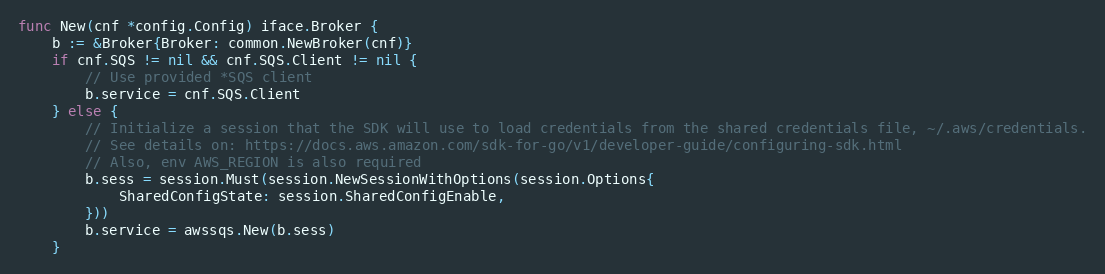
Language: Go
func New(cnf *config.Config) iface.Broker {
	b := &Broker{Broker: common.NewBroker(cnf)}
	if cnf.SQS != nil && cnf.SQS.Client != nil {
		// Use provided *SQS client
		b.service = cnf.SQS.Client
	} else {
		// Initialize a session that the SDK will use to load credentials from the shared credentials file, ~/.aws/credentials.
		// See details on: https://docs.aws.amazon.com/sdk-for-go/v1/developer-guide/configuring-sdk.html
		// Also, env AWS_REGION is also required
		b.sess = session.Must(session.NewSessionWithOptions(session.Options{
			SharedConfigState: session.SharedConfigEnable,
		}))
		b.service = awssqs.New(b.sess)
	}